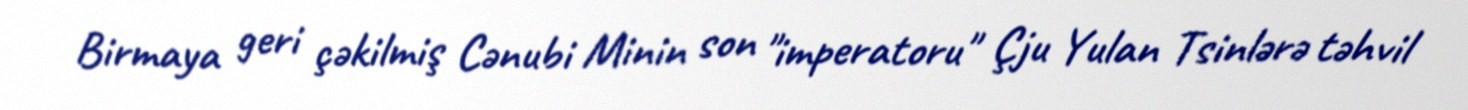
Birmaya geri çəkilmiş Cənubi Minin son "imperatoru" Çju Yulan Tsinlərə təhvil